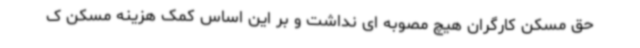
حق مسکن کارگران هیچ مصوبه ای نداشت و بر این اساس کمک هزینه مسکن ک